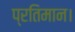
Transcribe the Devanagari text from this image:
प्रतिमान।